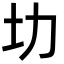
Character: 㘦